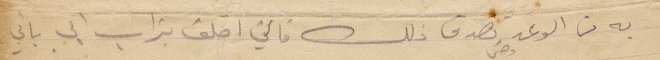
به من الوعد بصدق ذلك فاني احلف بتراب ابي بأني